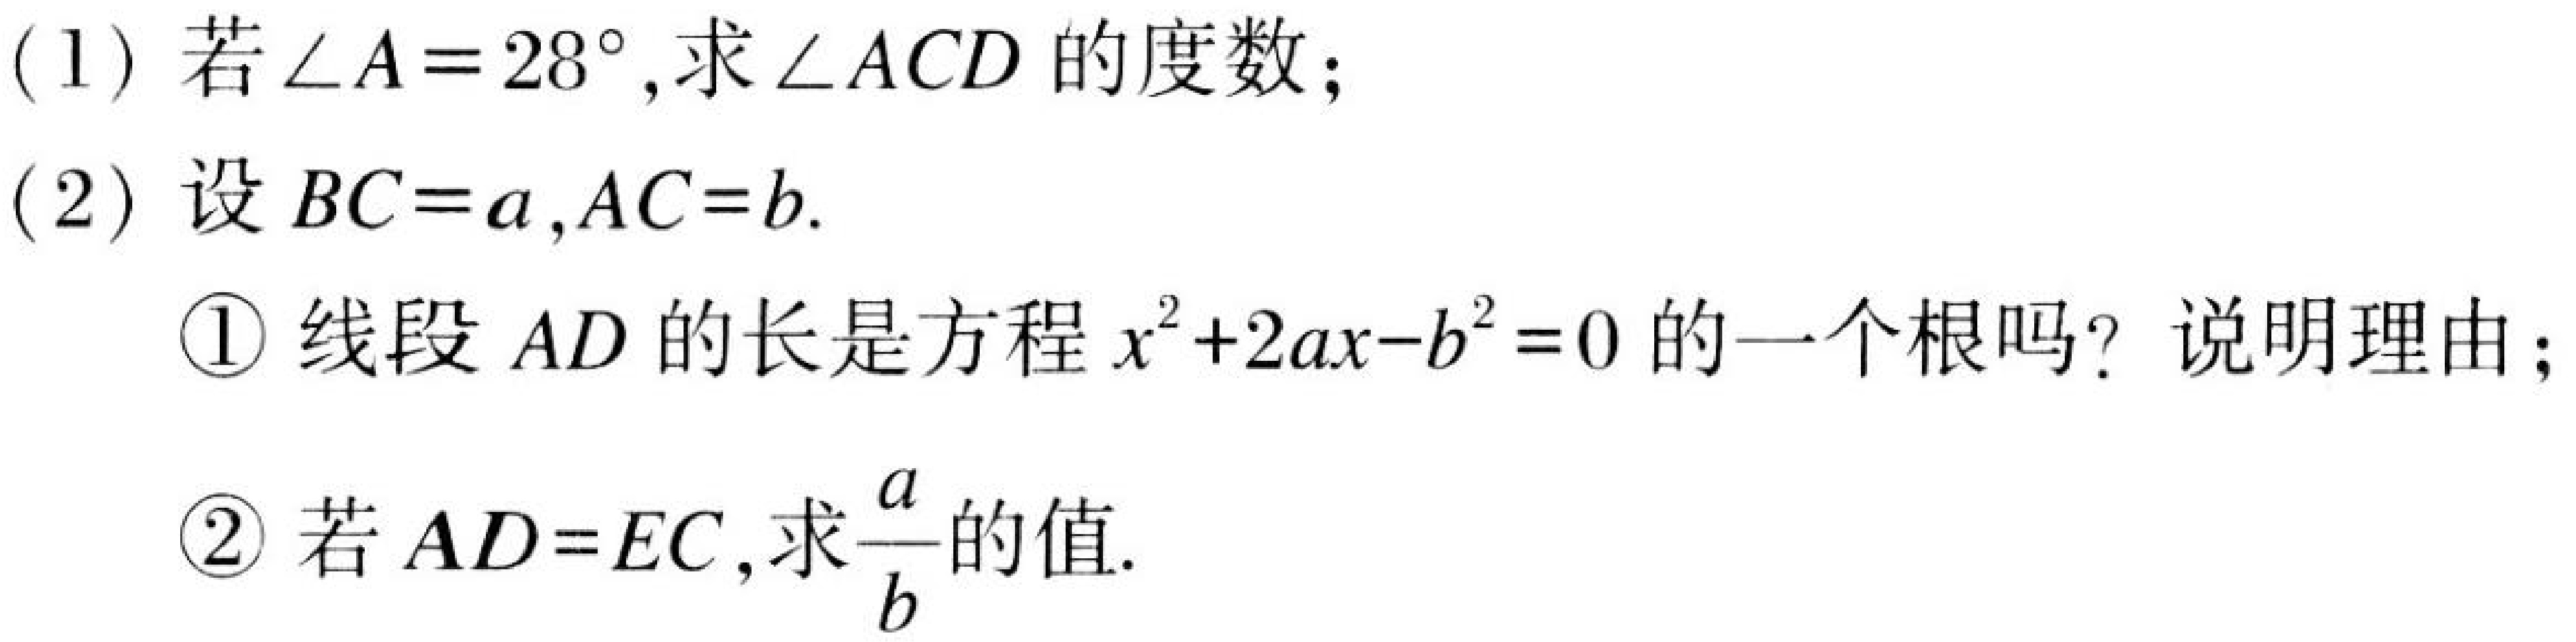
(1) 若\(\angle A = 28^{\circ}\),求\(\angle ACD\)的度数；
(2) 设\(BC = a,AC = b\).
    \textcircled{1} 线段\(AD\)的长是方程\(x^{2}+2ax - b^{2}=0\)的一个根吗？说明理由；
    \textcircled{2} 若\(AD = EC\),求\(\dfrac{a}{b}\)的值.